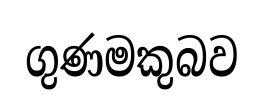
ගුණමකුබව